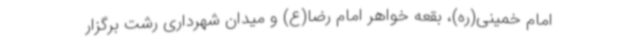
امام خمینی(ره)، بقعه خواهر امام رضا(ع) و میدان شهرداری رشت برگزار